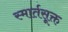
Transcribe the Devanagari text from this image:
स्मार्तसूक्त